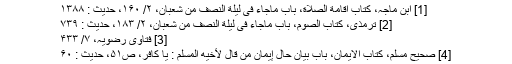
[1] ابن ماجہ، کتاب اقامة الصلاة، باب ماجاء فی لیلة النصف من شعبان، ۲/ ۱۶۰، حدیث : ۱۳۸۸
[2] ترمذی، کتاب الصوم، باب ماجاء فی ليلة النصف من شعبان، ۲/ ۱۸۳، حدیث : ۷۳۹
[3] فتاوی رضویہ، ۷/ ۴۳۳
[4] صحیح مسلم، کتاب الایمان، باب بيان حال إيمان من قال لأخيه المسلم : يا كافر، ص۵۱، حدیث : ۶۰